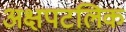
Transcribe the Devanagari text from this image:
अक्षपटलिक